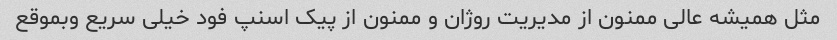
مثل همیشه عالی ممنون از مدیریت روژان و ممنون از پیک اسنپ فود خیلی سریع وبموقع